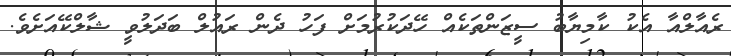
ރެއާލްއާ އެކު ކާމިޔާބު ސީޒަންތަކެއް ހޭދަކުރުމަށް ފަހު ދެން ރައުލް ބަދަލުވީ ޝާލްކޭއަށެވެ.